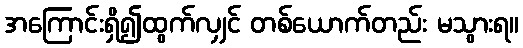
အကြောင်းရှိ၍ထွက်လျှင် တစ်ယောက်တည်း မသွားရ။